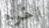
اخرج